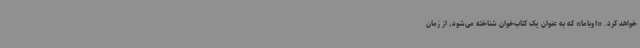
خواهد کرد. «اوباما» که به عنوان یک کتاب‌خوان شناخته می‌شود، از زمان